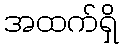
အထက်ရှိ